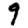
Digit: 9